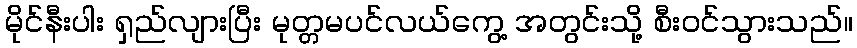
မိုင်နီးပါး ရှည်လျားပြီး မုတ္တမပင်လယ်ကွေ့ အတွင်းသို့ စီးဝင်သွားသည်။